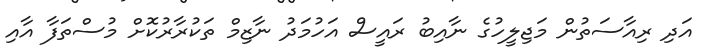
އަދި ރިއާސަތުން މަޖިލީހުގެ ނާއިބު ރައީސް އަހުމަދު ނާޒިމް ތަކުރާރުކޮށް މުސްތަފާ އާއި